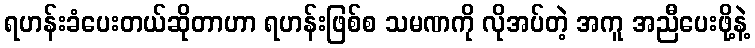
ရဟန်းခံပေးတယ်ဆိုတာဟာ ရဟန်းဖြစ်စ သမဏကို လိုအပ်တဲ့ အကူ အညီပေးဖို့နဲ့